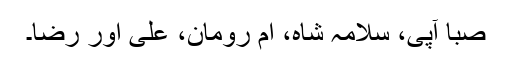
صبا آپی، سلامہ شاہ، ام رومان، علی اور رضا۔